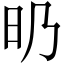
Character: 𣅅